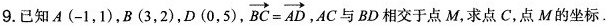
9.已知A(-1,1),B(3,2),D(0,5),BC $$\overrightarrow { B C } = \overrightarrow { A D }$$ 与BD相交于点M,求点 C,点M的坐标.